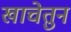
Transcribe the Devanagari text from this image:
खाचेतुन